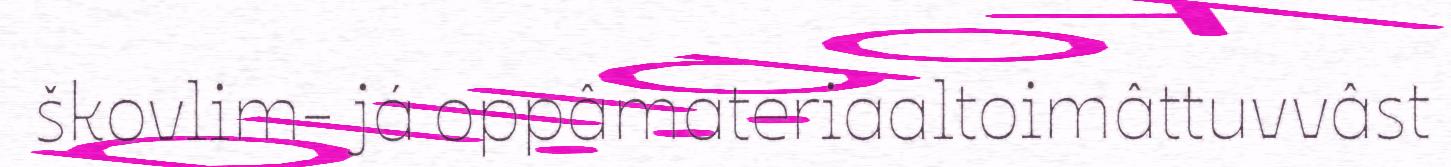
škovlim- já oppâmateriaaltoimâttuvvâst